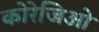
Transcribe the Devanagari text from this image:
कोरेजिओ